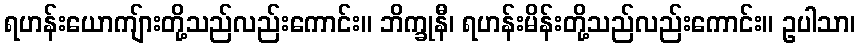
ရဟန်းယောကျ်ားတို့သည်လည်းကောင်း။ ဘိက္ခုနီ၊ ရဟန်းမိန်းတို့သည်လည်းကောင်း။ ဥပါသာ၊